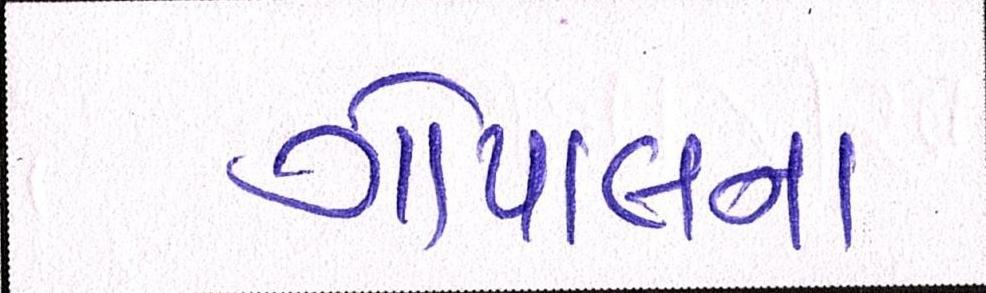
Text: ગોપાલના